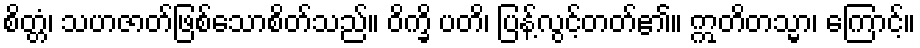
စိတ္တံ၊ သဟဇာတ်ဖြစ်သောစိတ်သည်။ ဝိက္ခိ ပတိ၊ ပြန့်လွင့်တတ်၏။ ဣတိတသ္မာ၊ ကြောင့်။